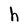
Character: h